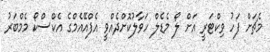
މެޗަށް ފަހު ވިކްޓަރީ އަށް ލޯ މެޑެލް ހަވާލުކޮށްދެއްވީ އެފްއޭއެމްގެ އެކްސްކޯ މެމްބަރު